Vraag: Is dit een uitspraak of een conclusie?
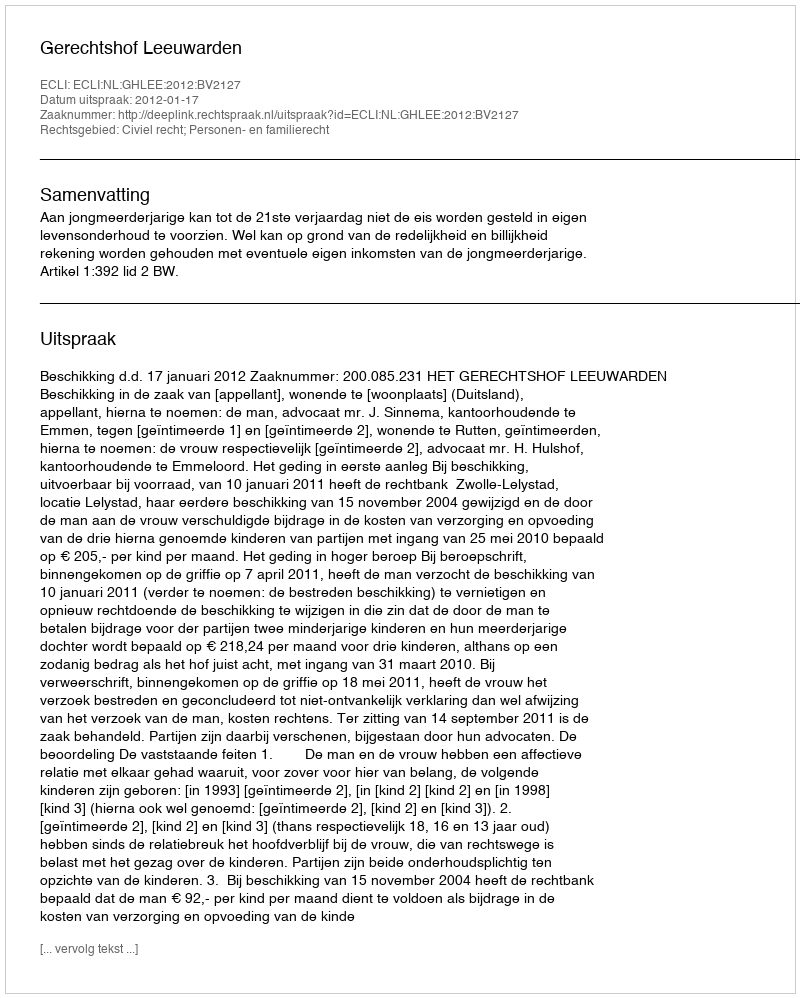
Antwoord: Uitspraak